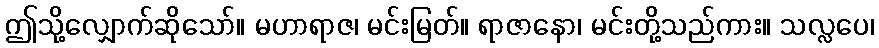
ဤသို့လျှောက်ဆိုသော်။ မဟာရာဇ၊ မင်းမြတ်။ ရာဇာနော၊ မင်းတို့သည်ကား။ သလ္လပေ၊